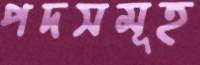
পদসমূহ